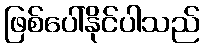
ဖြစ်ပေါ်နိုင်ပါသည်